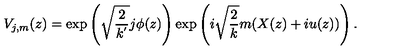
V _ { j , m } ( z ) = \exp \left( \sqrt { \frac { 2 } { k ^ { ' } } } j \phi ( z ) \right) \exp \left( i \sqrt { \frac { 2 } { k } } m ( X ( z ) + i u ( z ) ) \right) .